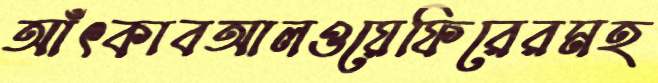
আঁৎকাবআলওয়েফিরেরমহ